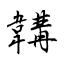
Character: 韝